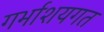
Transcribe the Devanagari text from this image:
गर्भाशयगत